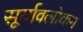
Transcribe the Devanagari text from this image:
सूर्यावलोकन